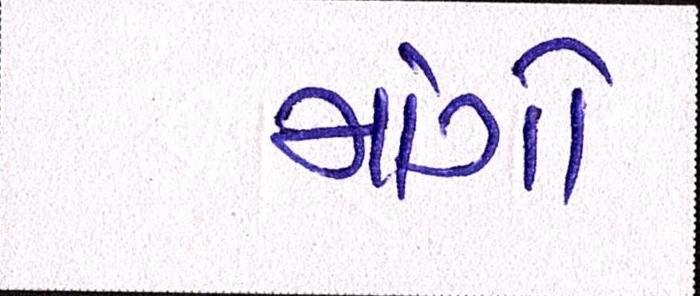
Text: માંગે